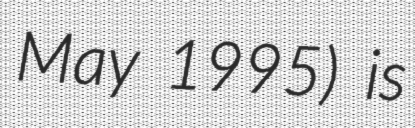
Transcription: May 1995) is